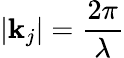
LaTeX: |\mathbf{k}_{j}|=\frac{2\pi}{\lambda}